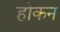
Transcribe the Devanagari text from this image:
होकन